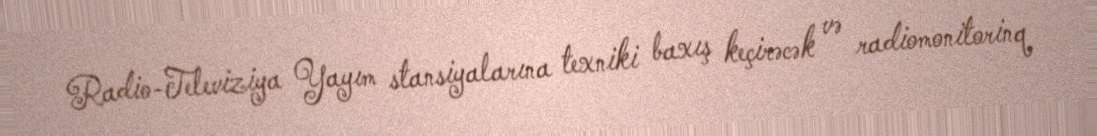
Radio-Televiziya Yayım stansiyalarına texniki baxış keçirəcək və radiomonitorinq